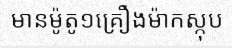
មានម៉ូតូ១គ្រឿងម៉ាកស្កុប